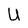
Character: U